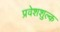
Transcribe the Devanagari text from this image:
प्रवेशशुल्क